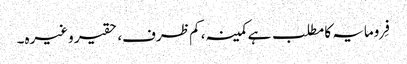
فِرومایہ کا مطلب ہے کمینہ، کم ظرف، حقیر وغیرہ۔